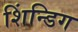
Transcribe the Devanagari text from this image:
शिंन्डिग